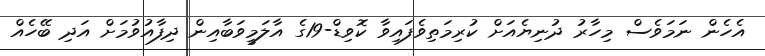
އެހެން ނަމަވެސް މިހާރު ދުނިޔެއަށް ކުރިމަތިވެފައިވާ ކޮވިޑް-19ގެ އާލަމީވަބާއިން ދިފާއުވުމަށް އަދި ބޭހެއް